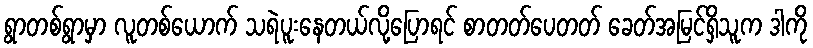
ရွာတစ်ရွာမှာ လူတစ်ယောက် သရဲပူးနေတယ်လို့ပြောရင် စာတတ်ပေတတ် ခေတ်အမြင်ရှိသူက ဒါကို